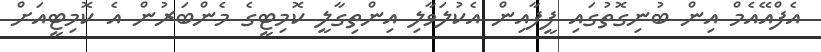
އެފްއޭއެމް އިން ބުނިގޮތުގައި ފީފާއިން އެކުލަވާލި އިންތިގާލީ ކޮމިޓީގެ މެންބަރުން އެ ކޮމިޓީއަށް